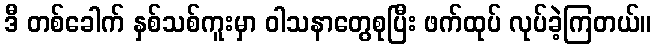
ဒီ တစ်ခေါက် နှစ်သစ်ကူးမှာ ဝါသနာတွေစုပြီး ဖက်ထုပ် လုပ်ခဲ့ကြတယ်။